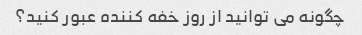
چگونه می توانید از روز خفه کننده عبور کنید؟